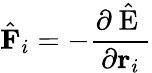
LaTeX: \hat{\textbf{F}}_{i}=-\frac{\partial\hat{\mathrm{~E~}}}{\partial\textbf{r}_{i}}